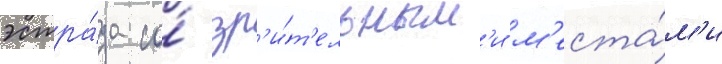
эстра́да со́ зр'и́т'ельным'и м'еста́м'и